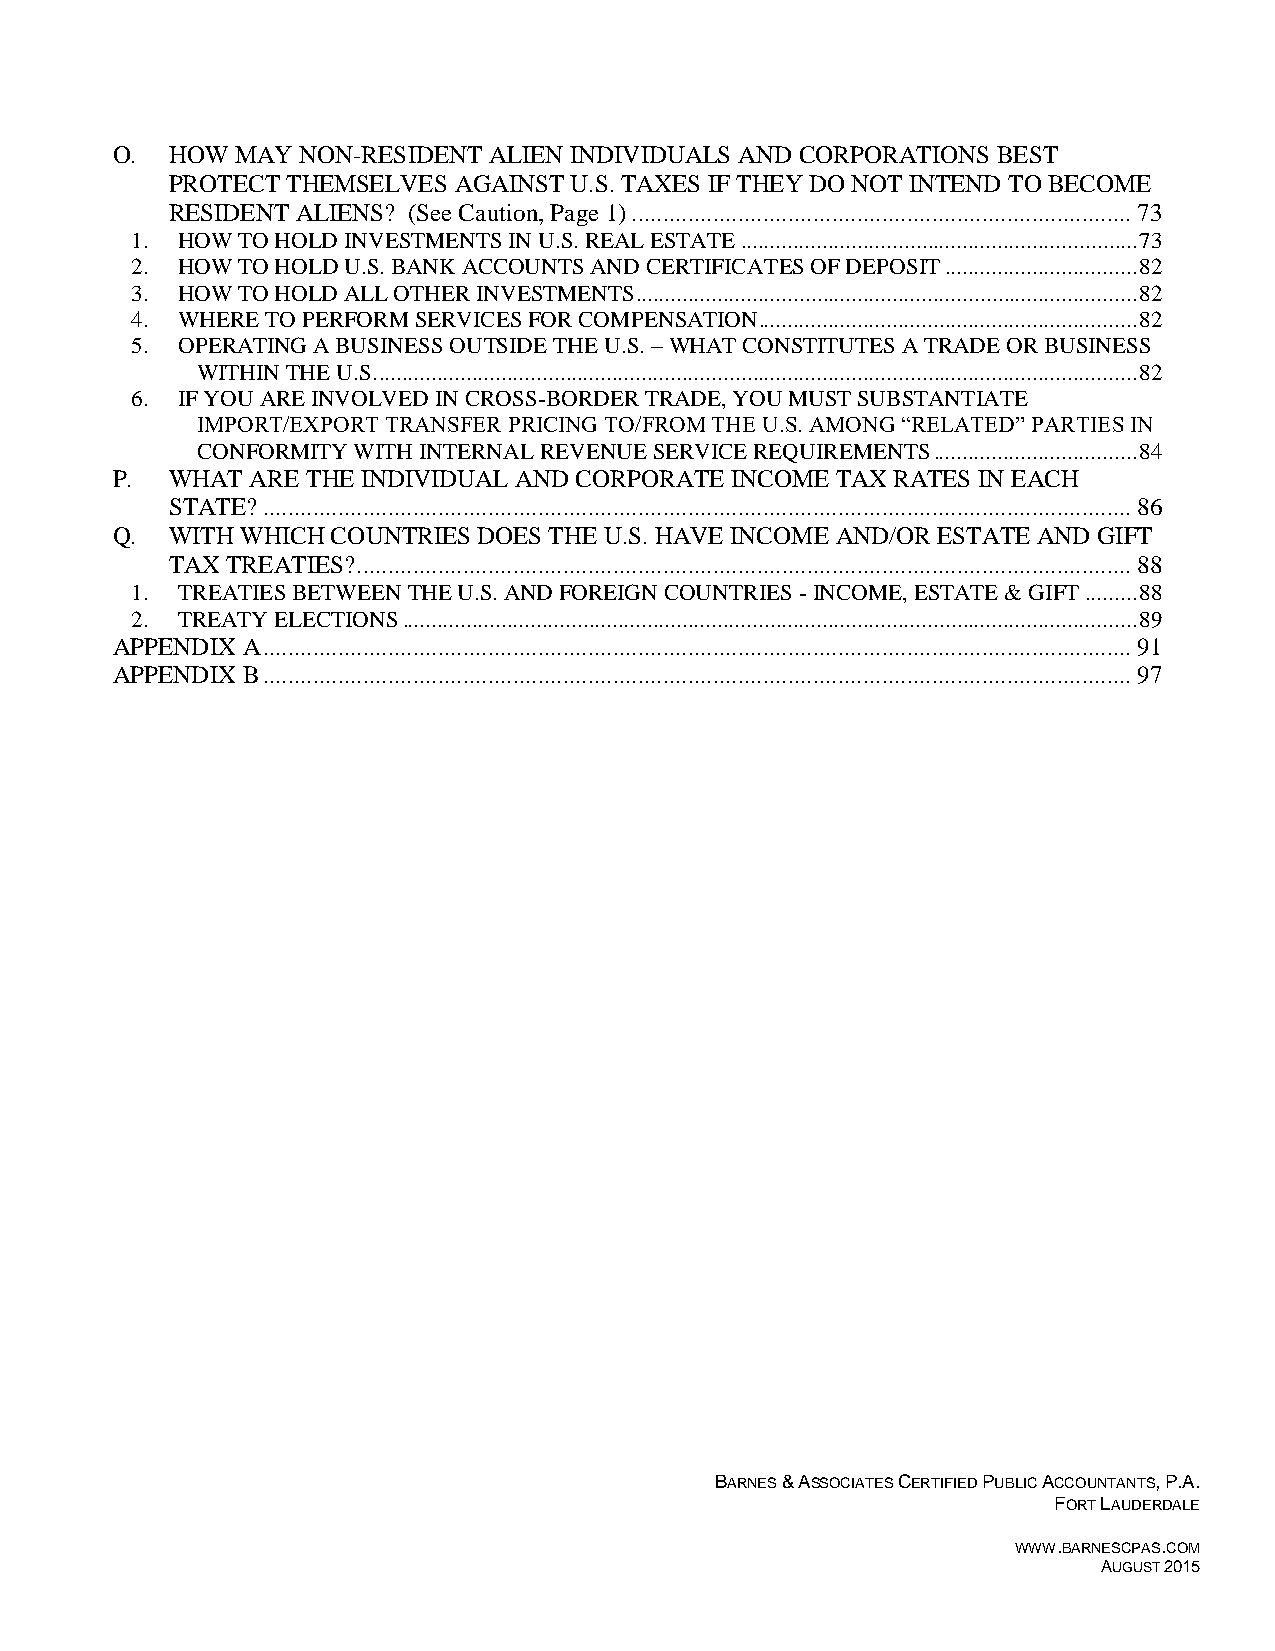
O.  HOW  MAY NON-RESIDENT ALIEN INDIVIDUALS AND CORPORATIONS BEST
 PROTECT THEMSELVES AGAINST U.S. TAXES IF THEY DO NOT INTEND TO BECOME
 RESIDENT ALIENS? (See Caution, Page 1) ................................................................................ 73
 1. HOW TO HOLD INVESTMENTS IN U.S. REAL ESTATE .................................................................... 73
 2. HOW TO HOLD U.S. BANK ACCOUNTS AND CERTIFICATES OF DEPOSIT ................................. 82
 3. HOW TO HOLD ALL OTHER INVESTMENTS...................................................................................... 82
 4. WHERE TO PERFORM SERVICES FOR COMPENSATION................................................................. 82
 5. OPERATING A BUSINESS OUTSIDE THE U.S. – WHAT CONSTITUTES A TRADE OR BUSINESS
 WITHIN THE U.S. .................................................................................................................................. 82
 6. IF YOU ARE INVOLVED IN CROSS-BORDER TRADE, YOU MUST SUBSTANTIATE
 IMPORT/EXPORT TRANSFER PRICING TO/FROM THE U.S. AMONG “RELATED” PARTIES IN
 CONFORMITY WITH INTERNAL REVENUE SERVICE REQUIREMENTS ................................... 84
 P.  WHAT  ARE THE INDIVIDUAL AND CORPORATE INCOME TAX RATES IN EACH
 STATE? ........................................................................................................................................... 86
 Q.  WITH WHICH COUNTRIES DOES THE U.S. HAVE INCOME AND/OR ESTATE AND GIFT
 TAX TREATIES? ............................................................................................................................ 88
 1. TREATIES BETWEEN THE U.S. AND FOREIGN COUNTRIES - INCOME, ESTATE & GIFT ......... 88
 2. TREATY ELECTIONS .............................................................................................................................. 89
 APPENDIX A ........................................................................................................................................... 91
 APPENDIX B ........................................................................................................................................... 97
 BARNES & ASSOCIATES CERTIFIED PUBLIC ACCOUNTANTS, P.A.
 FORT LAUDERDALE
 WWW.BARNESCPAS.COM
 AUGUST 2015